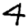
Digit: 4